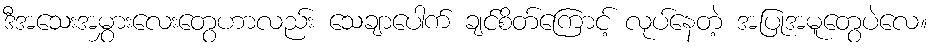
ဒီအသေးအမွှားလေးတွေဟာလည်း သေချာပေါက် ချင်စိတ်ကြောင့် လုပ်နေတဲ့ အပြုအမူတွေပဲလေ။